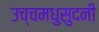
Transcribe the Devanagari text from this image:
उच्चमधुसुदनी